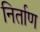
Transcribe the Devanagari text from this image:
निर्ताण